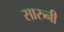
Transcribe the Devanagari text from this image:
सारुनी